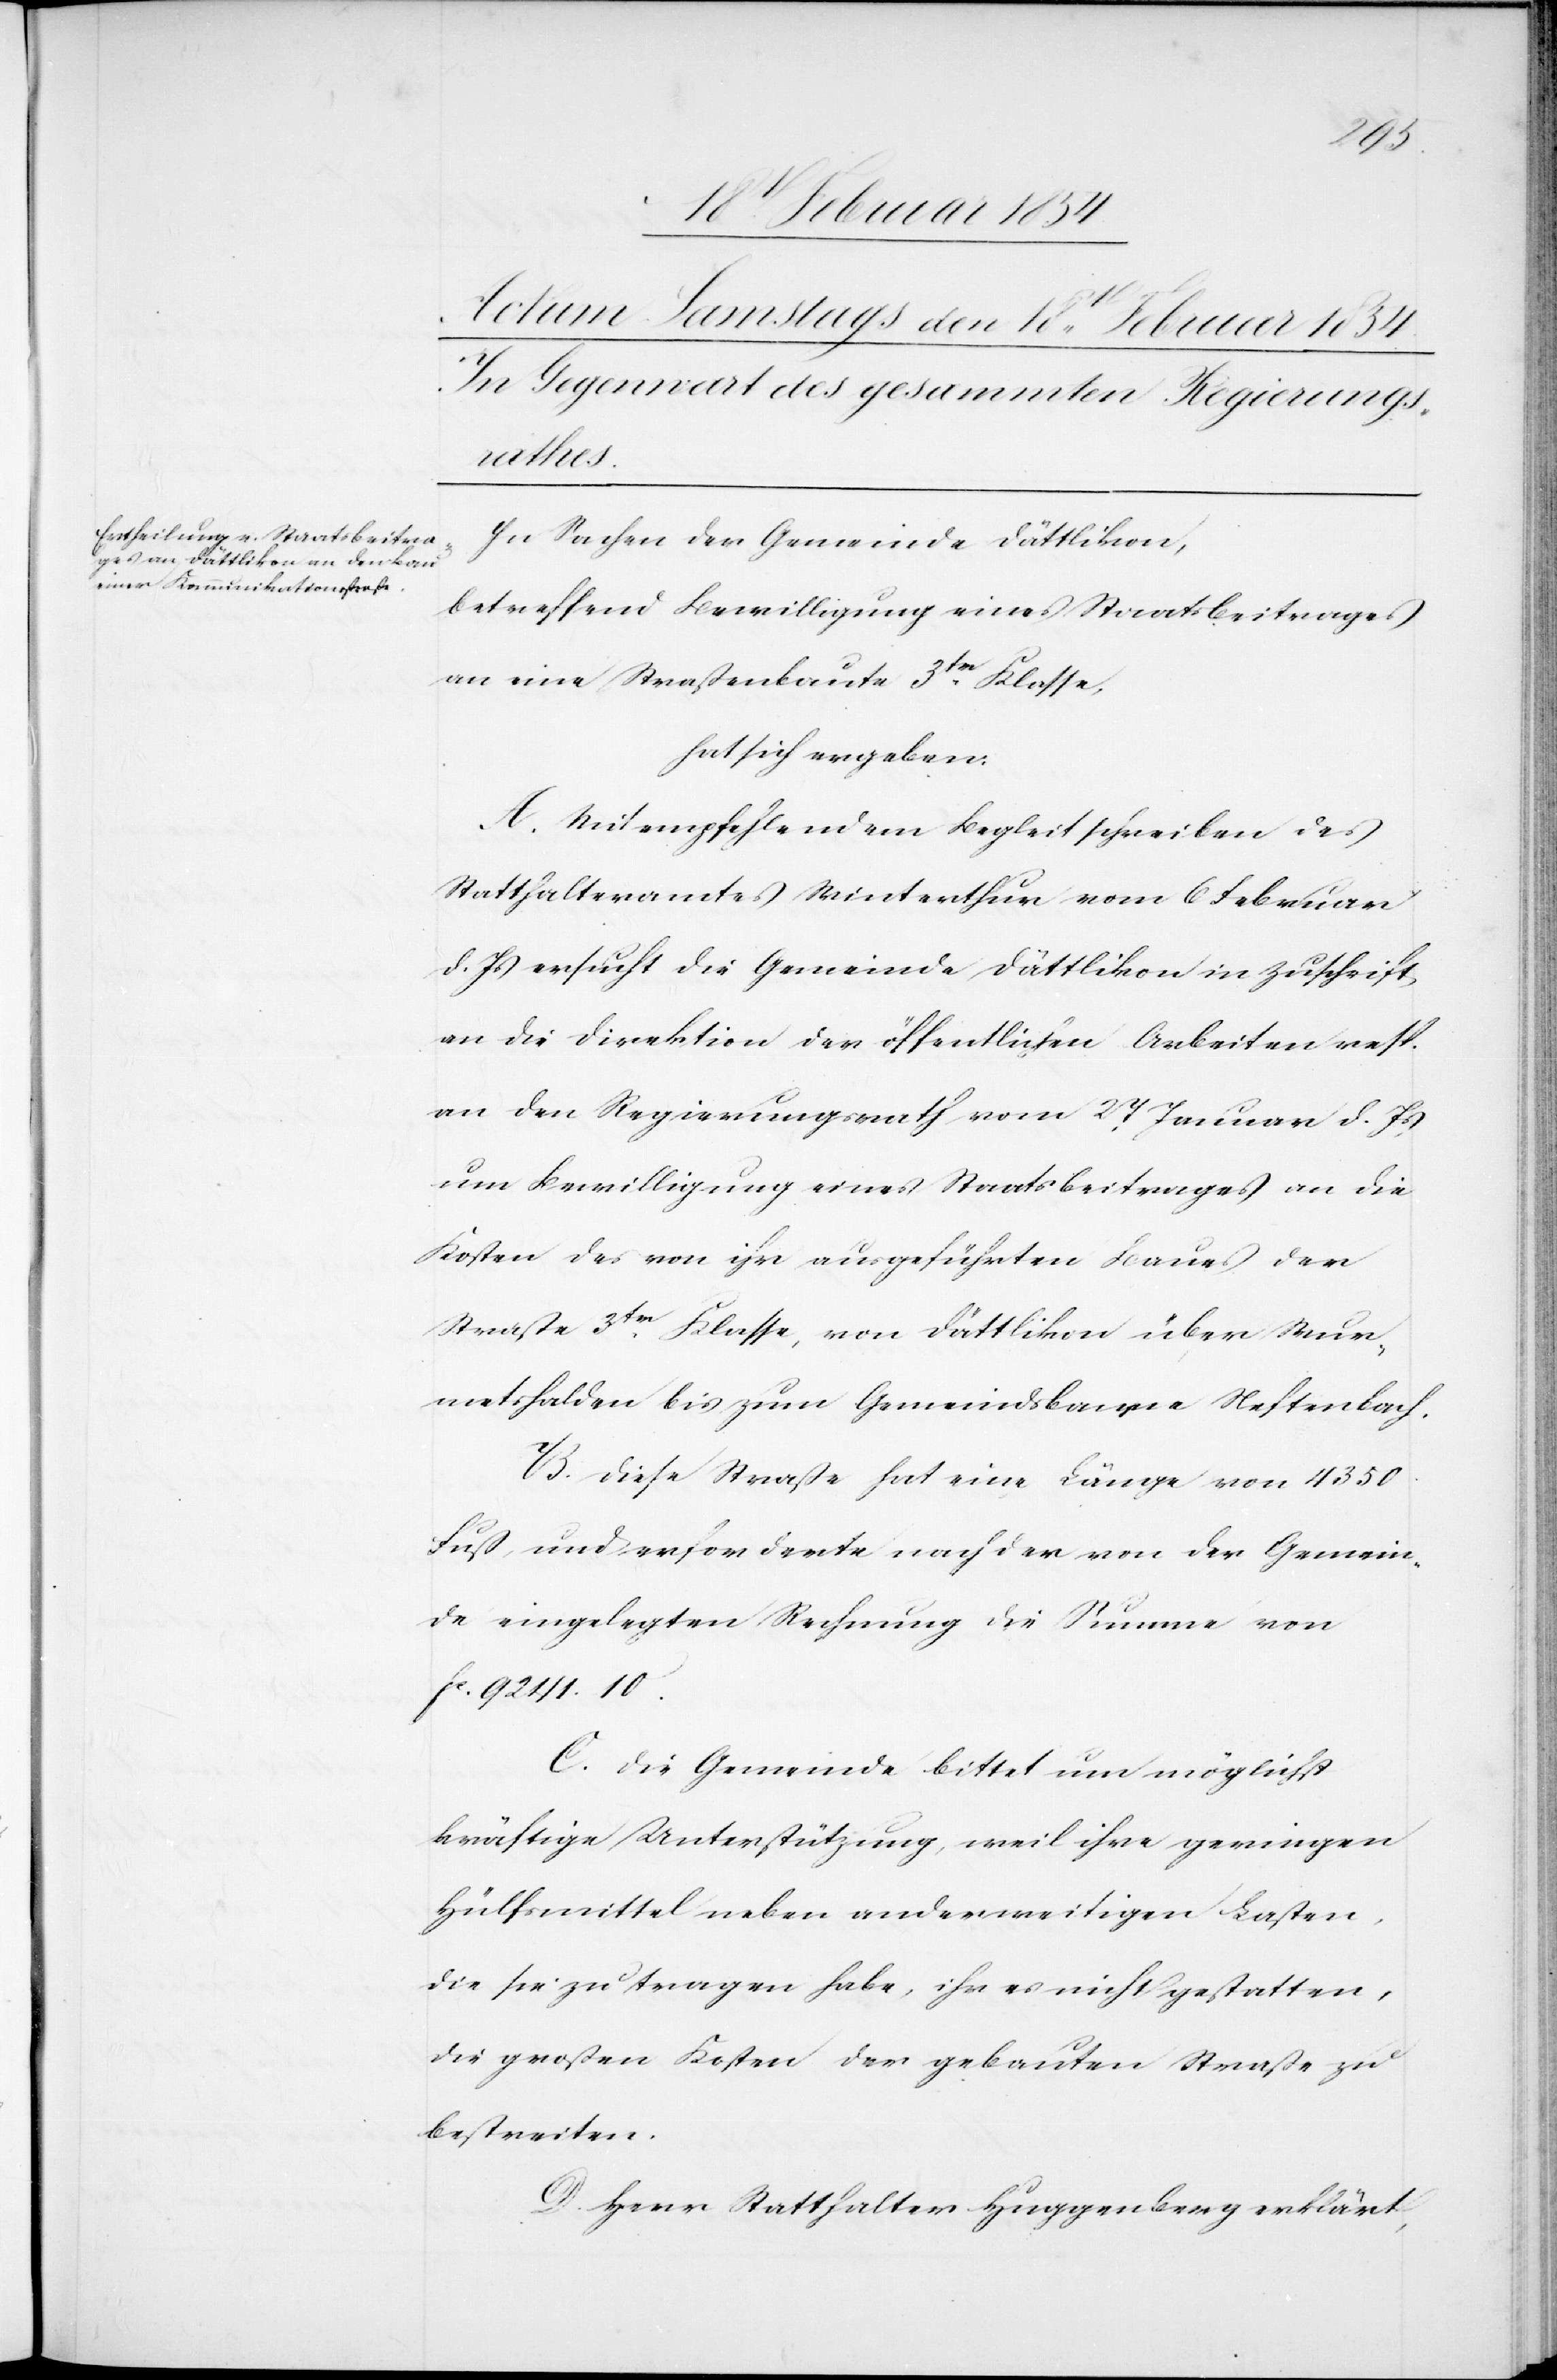
In Sachen der Gemeinde Dättlikon,
betreffend Bewilligung eines Staatsbeitrages
an eine Straßenbaute 3tr Klasse,
hat sich ergeben:
A. Mit empfehlendem Begleitschreiben des
Statthalteramtes Winterthur vom 6 Februar
d. Js ersucht die Gemeinde Dättlikon in Zuschrift
an die Direktion der öffentlichen Arbeiten resp.
an den Regierungsrath vom 27 Januar d. Js
um Bewilligung eines Staatsbeitrages an die
Kosten des von ihr ausgeführten Baues der
Straße 3tr Klasse, von Dättlikon über Wur¬
metshalden bis zum Gemeindsbanne Neftenbach.
B. Diese Straße hat eine Länge von 4350.
Fuß, und erforderte nach der von der Gemein¬
de eingelegten Rechnung die Summe von
Fc. 9241.10.
C. Die Gemeinde bittet um möglichst
kräftige Unterstützung, weil ihre geringen
Hülfsmittel neben anderweitigen Lasten,
die sie zu tragen habe, ihr es nicht gestatten,
die großen Kosten der gebauten Straße zu
bestreiten.
D. Herr Statthalter Huggenberg erklärt,